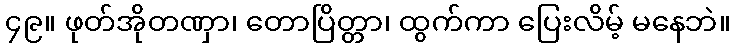
၄၉။ ဖုတ်အိုတဏှာ၊ တောပြိတ္တာ၊ ထွက်ကာ ပြေးလိမ့် မနေဘဲ။